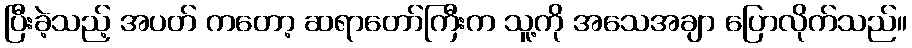
ပြီးခဲ့သည့် အပတ် ကတော့ ဆရာတော်ကြီးက သူ့ကို အသေအချာ ပြောလိုက်သည်။